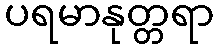
ပရမာနုတ္တရာ